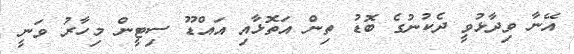
އޭނާ ވިދާޅުވީ ދެކުނުގެ ބޮޑު ތިން އަތޮޅާއި އައްޑޫ ސިޓީން މިހާރު ވަނީ